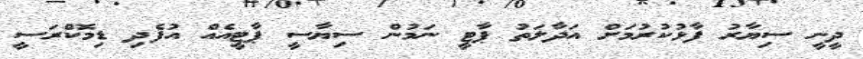
ދީނީ ސިޔާރު ފާޅުކުރުމަށް އަދާލަތު ޕާޓީ ނަމުން ސިޔާސީ ޕާޓީއެއް އުފެދި ޑިމޮކްރަސީ